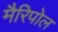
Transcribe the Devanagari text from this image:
मैरिपोल